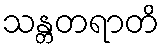
သန္တတရာတိ